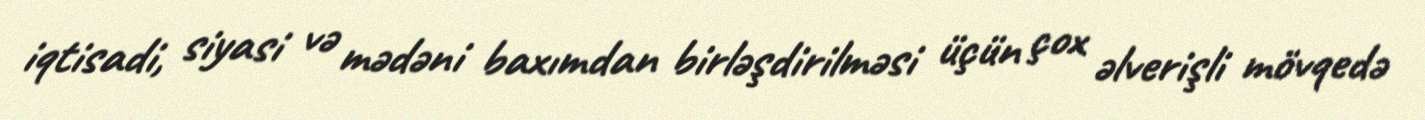
iqtisadi, siyasi və mədəni baxımdan birləşdirilməsi üçün çox əlverişli mövqedə